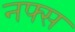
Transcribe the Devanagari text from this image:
नफ्स